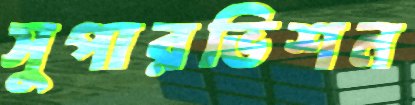
সুপারভিশন